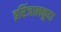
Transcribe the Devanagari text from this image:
इरिंजालकूदा